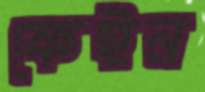
ফেইন